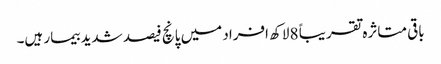
باقی متاثرہ تقریباً 8 لاکھ افراد میں پانچ فیصد شدید بیمار ہیں۔